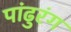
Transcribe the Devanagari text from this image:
पांढुरंग